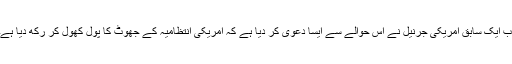
اب ایک سابق امریکی جرنیل نے اس حوالے سے ایسا دعویٰ کر دیا ہے کہ امریکی انتظامیہ کے جھوٹ کا پول کھول کر رکھ دیا ہے۔